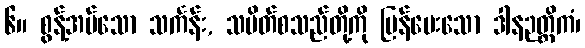
၆။ စွန့်အပ်သော သင်္ကန်း, သပိတ်စသည်တို့ကို ပြန်ပေးသော ဒါနဉတ္တိကံ၊